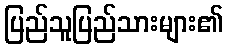
ပြည်သူပြည်သားများ၏